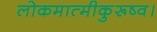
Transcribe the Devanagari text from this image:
लोकमात्मीकुरूष्व।